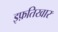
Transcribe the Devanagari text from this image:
इफ़तिखार